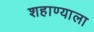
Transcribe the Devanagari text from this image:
शहाण्याला